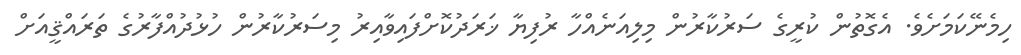
ހިމެނޭކަމަށެވެ. އެގޮތުން ކުރީގެ ސަރުކާރުން މިލިއަނެއްހާ ރުފިޔާ ޚަރަދުކޮށްފައިވާއިރު މިސަރުކާރުން ހުޅުދުއްފާރުގެ ތަރައްޤީއަށް